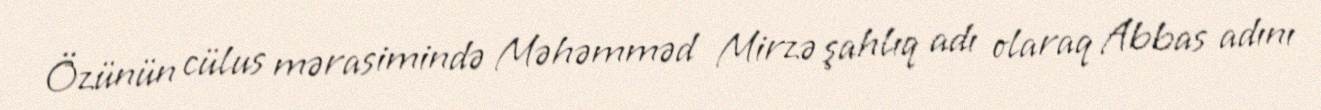
Özünün cülus mərasimində Məhəmməd Mirzə şahlıq adı olaraq Abbas adını